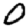
Digit: 0